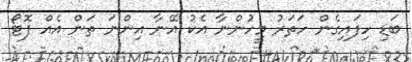
ބަޑި ހިފައިގެން ހަތަރު މީހުންނާ އެކު އޭނާ އިންނަ ތަން އެއް ފޮޓޯ